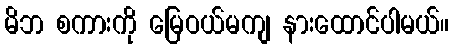
မိဘ စကားကို မြေဝယ်မကျ နားထောင်ပါမယ်။